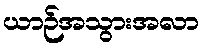
ယာဉ်အသွားအလာ